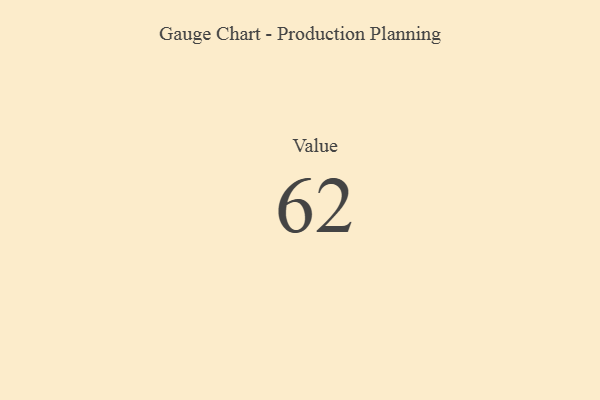
{"axis": {"x": "Metric", "y": "Value"}, "legend": [""], "data": [{"x": "Value", "y": 62, "type": ""}]}